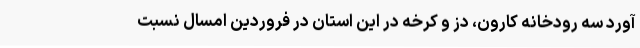
آورد سه رودخانه کارون، دز و کرخه در این استان در فروردین امسال نسبت